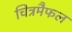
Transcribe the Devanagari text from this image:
चित्रमैफल